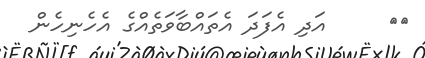
٥٨     އަދި އެފަދަ އެތައްބާވަތެއްގެ އެހެނިހެން